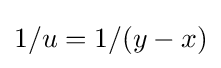
1/u=1/(y-x)